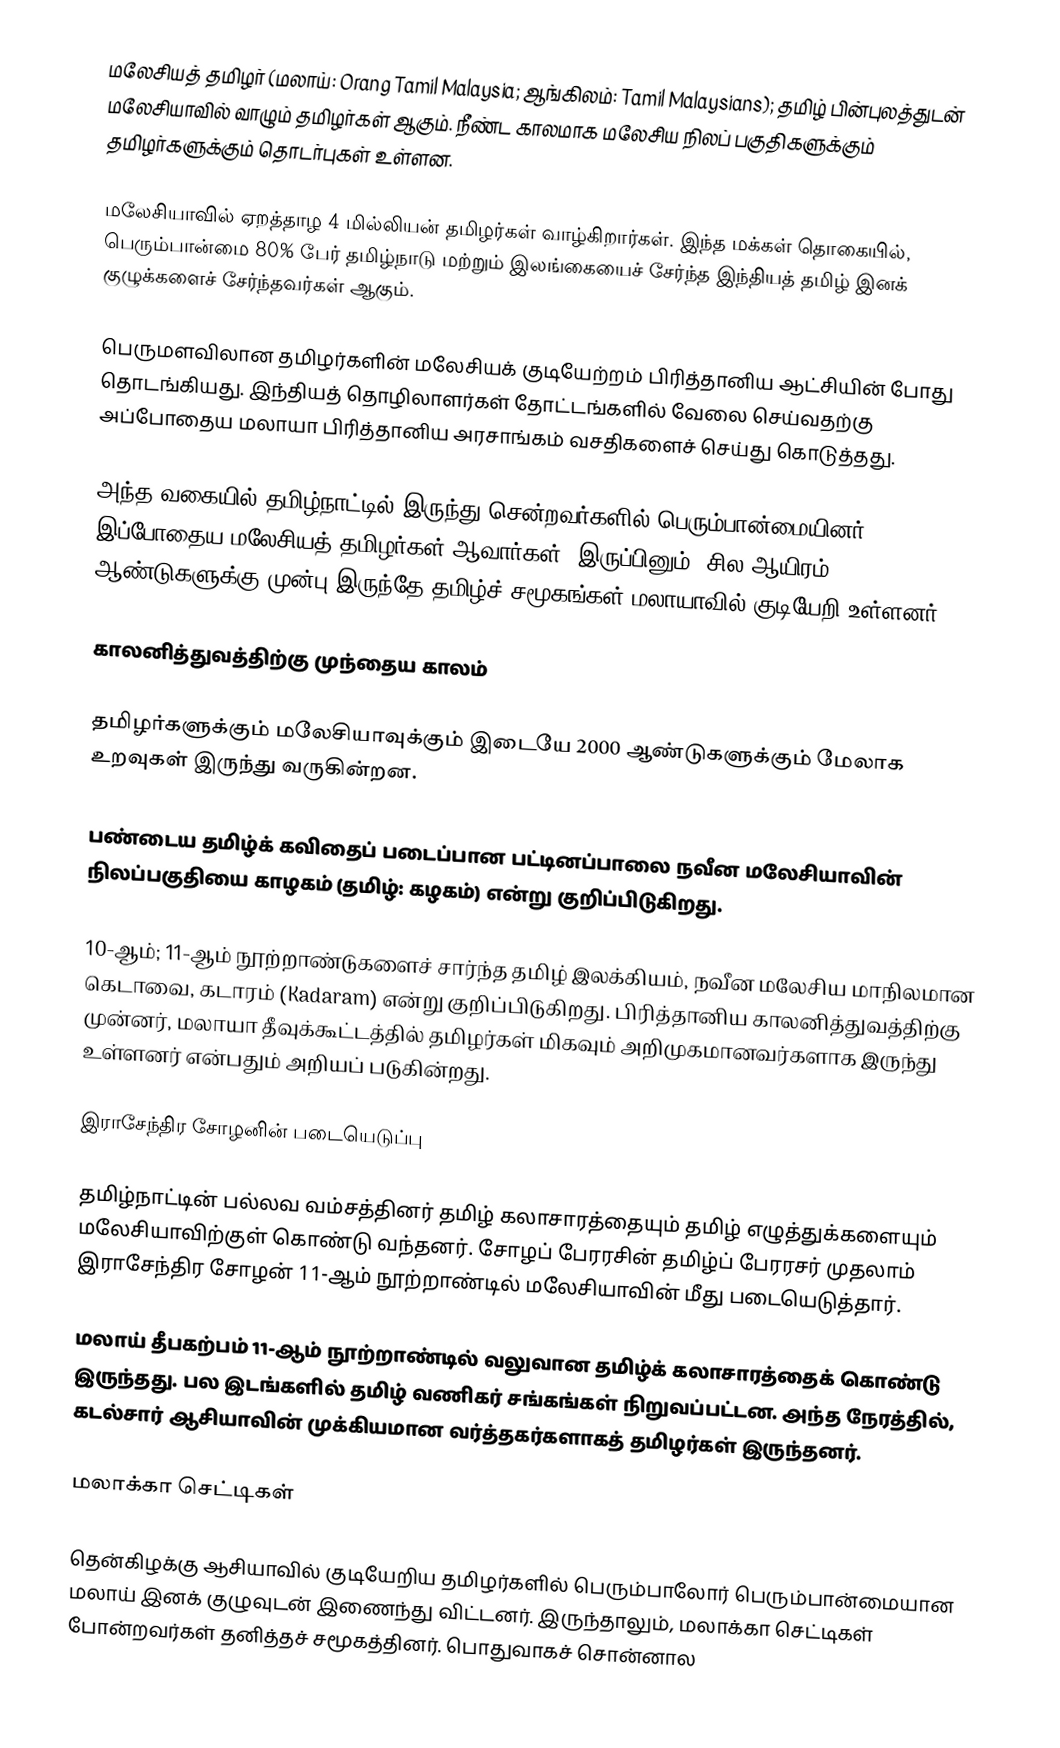
மலேசியத் தமிழர் (மலாய்: Orang Tamil Malaysia; ஆங்கிலம்: Tamil Malaysians); தமிழ் பின்புலத்துடன் மலேசியாவில் வாழும் தமிழர்கள் ஆகும். நீண்ட காலமாக மலேசிய நிலப் பகுதிகளுக்கும் தமிழர்களுக்கும் தொடர்புகள் உள்ளன.

மலேசியாவில் ஏறத்தாழ 4 மில்லியன் தமிழர்கள் வாழ்கிறார்கள். இந்த மக்கள் தொகையில், பெரும்பான்மை 80% பேர் தமிழ்நாடு மற்றும் இலங்கையைச் சேர்ந்த இந்தியத் தமிழ் இனக் குழுக்களைச் சேர்ந்தவர்கள் ஆகும்.

பெருமளவிலான தமிழர்களின் மலேசியக் குடியேற்றம் பிரித்தானிய ஆட்சியின் போது தொடங்கியது. இந்தியத் தொழிலாளர்கள் தோட்டங்களில் வேலை செய்வதற்கு அப்போதைய மலாயா பிரித்தானிய அரசாங்கம் வசதிகளைச் செய்து கொடுத்தது.

அந்த வகையில் தமிழ்நாட்டில் இருந்து சென்றவர்களில் பெரும்பான்மையினர் இப்போதைய மலேசியத் தமிழர்கள் ஆவார்கள். இருப்பினும், சில ஆயிரம் ஆண்டுகளுக்கு முன்பு இருந்தே தமிழ்ச் சமூகங்கள் மலாயாவில் குடியேறி உள்ளனர்.

காலனித்துவத்திற்கு முந்தைய காலம்

தமிழர்களுக்கும் மலேசியாவுக்கும் இடையே 2000 ஆண்டுகளுக்கும் மேலாக உறவுகள் இருந்து வருகின்றன.

பண்டைய தமிழ்க் கவிதைப் படைப்பான பட்டினப்பாலை நவீன மலேசியாவின் நிலப்பகுதியை காழகம் (தமிழ்: கழகம்) என்று குறிப்பிடுகிறது.

10-ஆம்; 11-ஆம் நூற்றாண்டுகளைச் சார்ந்த தமிழ் இலக்கியம், நவீன மலேசிய மாநிலமான கெடாவை, கடாரம் (Kadaram) என்று குறிப்பிடுகிறது. பிரித்தானிய காலனித்துவத்திற்கு முன்னர், மலாயா தீவுக்கூட்டத்தில் தமிழர்கள் மிகவும் அறிமுகமானவர்களாக இருந்து உள்ளனர் என்பதும் அறியப் படுகின்றது.

இராசேந்திர சோழனின் படையெடுப்பு

தமிழ்நாட்டின் பல்லவ வம்சத்தினர் தமிழ் கலாசாரத்தையும் தமிழ் எழுத்துக்களையும் மலேசியாவிற்குள் கொண்டு வந்தனர். சோழப் பேரரசின் தமிழ்ப் பேரரசர் முதலாம் இராசேந்திர சோழன் 11-ஆம் நூற்றாண்டில் மலேசியாவின் மீது படையெடுத்தார்.

மலாய் தீபகற்பம் 11-ஆம் நூற்றாண்டில் வலுவான தமிழ்க் கலாசாரத்தைக் கொண்டு இருந்தது. பல இடங்களில் தமிழ் வணிகர் சங்கங்கள் நிறுவப்பட்டன.  அந்த நேரத்தில், கடல்சார் ஆசியாவின் முக்கியமான வர்த்தகர்களாகத் தமிழர்கள் இருந்தனர்.

மலாக்கா செட்டிகள்

தென்கிழக்கு ஆசியாவில் குடியேறிய தமிழர்களில் பெரும்பாலோர் பெரும்பான்மையான மலாய் இனக் குழுவுடன் இணைந்து விட்டனர். இருந்தாலும், மலாக்கா செட்டிகள் போன்றவர்கள் தனித்தச் சமூகத்தினர். பொதுவாகச் சொன்னால